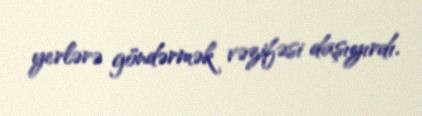
yerlərə göndərmək vəzifəsi daşıyırdı.